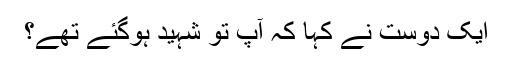
ایک دوست نے کہا کہ آپ تو شہید ہوگئے تھے؟